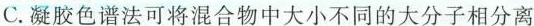
C.凝胶色谱法可将混合物中大小不同的大分子相分离